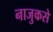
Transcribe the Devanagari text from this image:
नाजुकसे